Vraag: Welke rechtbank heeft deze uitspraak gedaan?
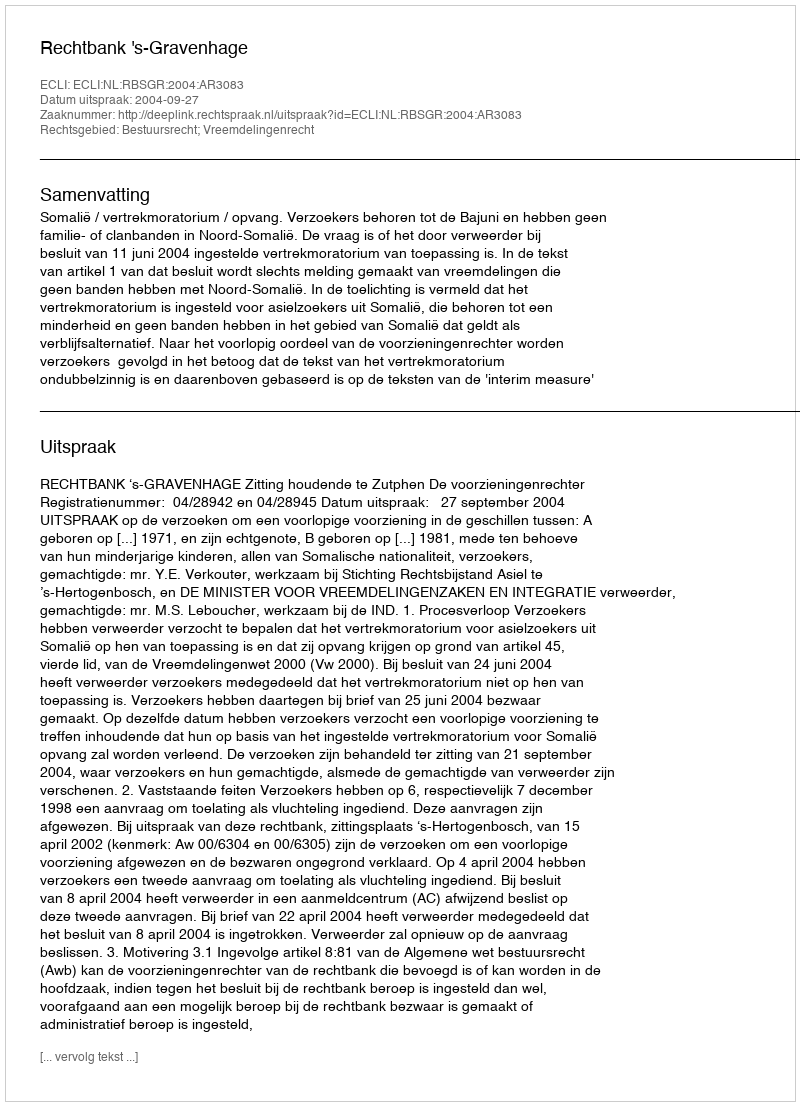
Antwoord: Rechtbank 's-Gravenhage